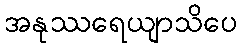
အနုဿရေယျာသိပေ